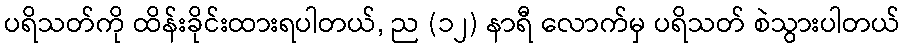
ပရိသတ်ကို ထိန်းခိုင်းထားရပါတယ်, ည (၁၂) နာရီ လောက်မှ ပရိသတ် စဲသွားပါတယ်